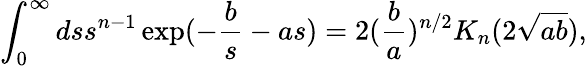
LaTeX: \int_{0}^{\infty}dss^{n-1}\exp(-\frac{b}{s}-as)=2(\frac{b}{a})^{n/2}K_{n}(2\sqrt{ab}),